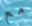
مع